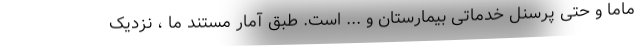
ماما و حتی پرسنل خدماتی بیمارستان و ... است. طبق آمار مستند ما ، نزدیک